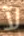
لآ